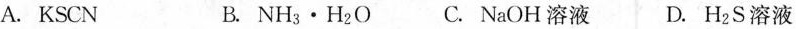
A. KSCN B. NH_{3}\cdot H_{2}О C.NaOH溶液 D.H_{2}S溶液